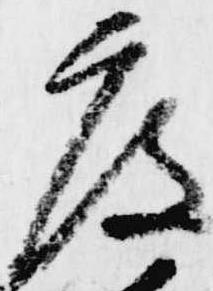
度